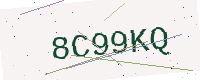
Text: 8C99KQ